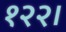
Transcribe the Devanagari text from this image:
१२२।